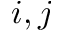
i , j